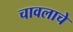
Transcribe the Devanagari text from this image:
चावलाचे